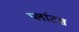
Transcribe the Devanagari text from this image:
प्लांटस